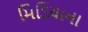
મિડિયાના